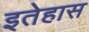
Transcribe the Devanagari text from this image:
इतेहास